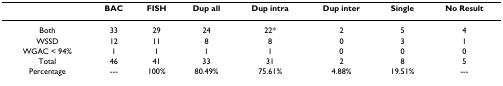
<table><thead><tr><td></td><td><b>BAC</b></td><td><b>FISH</b></td><td><b>Dup all</b></td><td><b>Dup intra</b></td><td><b>Dup inter</b></td><td><b>Single</b></td><td><b>No Result</b></td></tr></thead><tbody><tr><td>Both</td><td>33</td><td>29</td><td>24</td><td>22*</td><td>2</td><td>5</td><td>4</td></tr><tr><td>WSSD</td><td>12</td><td>11</td><td>8</td><td>8</td><td>0</td><td>3</td><td>1</td></tr><tr><td>WGAC &lt; 94%</td><td>1</td><td>1</td><td>1</td><td>1</td><td>0</td><td>0</td><td>0</td></tr><tr><td>Total</td><td>46</td><td>41</td><td>33</td><td>31</td><td>2</td><td>8</td><td>5</td></tr><tr><td>Percentage</td><td>---</td><td>100%</td><td>80.49%</td><td>75.61%</td><td>4.88%</td><td>19.51%</td><td>---</td></tr></tbody></table>